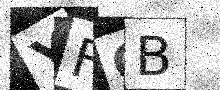
Text: YFOB